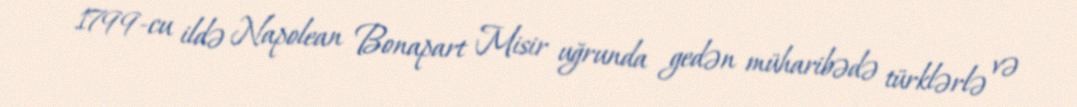
1799-cu ildə Napolean Bonapart Misir uğrunda gedən müharibədə türklərlə və